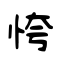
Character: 恗